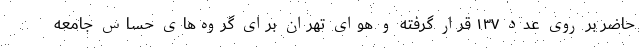
حاضر بر روی عدد ۱۳۷ قرار گرفته و هوای تهران برای گروه‌های حساس جامعه